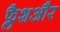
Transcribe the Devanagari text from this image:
फ्लैशऔर